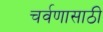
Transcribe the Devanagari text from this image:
चर्वणासाठी